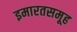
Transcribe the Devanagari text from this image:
इमारतसमूह